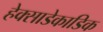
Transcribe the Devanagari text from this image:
हेक्साडेकाडिक